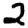
Digit: 2